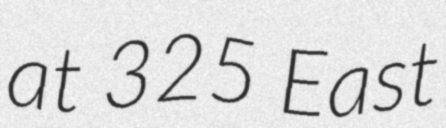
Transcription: at 325 East